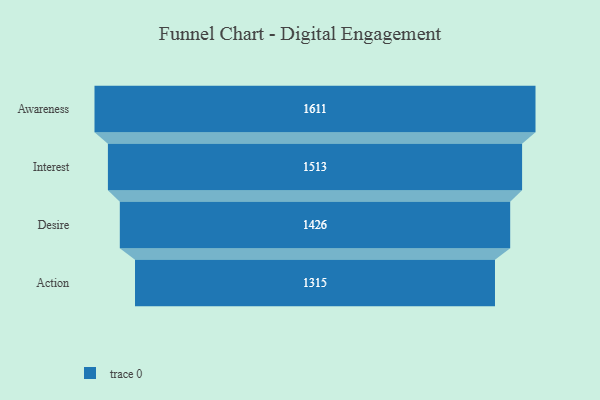
{"axis": {"x": "Stage", "y": "Value"}, "legend": [""], "data": [{"x": "Awareness", "y": 1611.0, "type": ""}, {"x": "Interest", "y": 1513.0, "type": ""}, {"x": "Desire", "y": 1426.0, "type": ""}, {"x": "Action", "y": 1315.0, "type": ""}]}